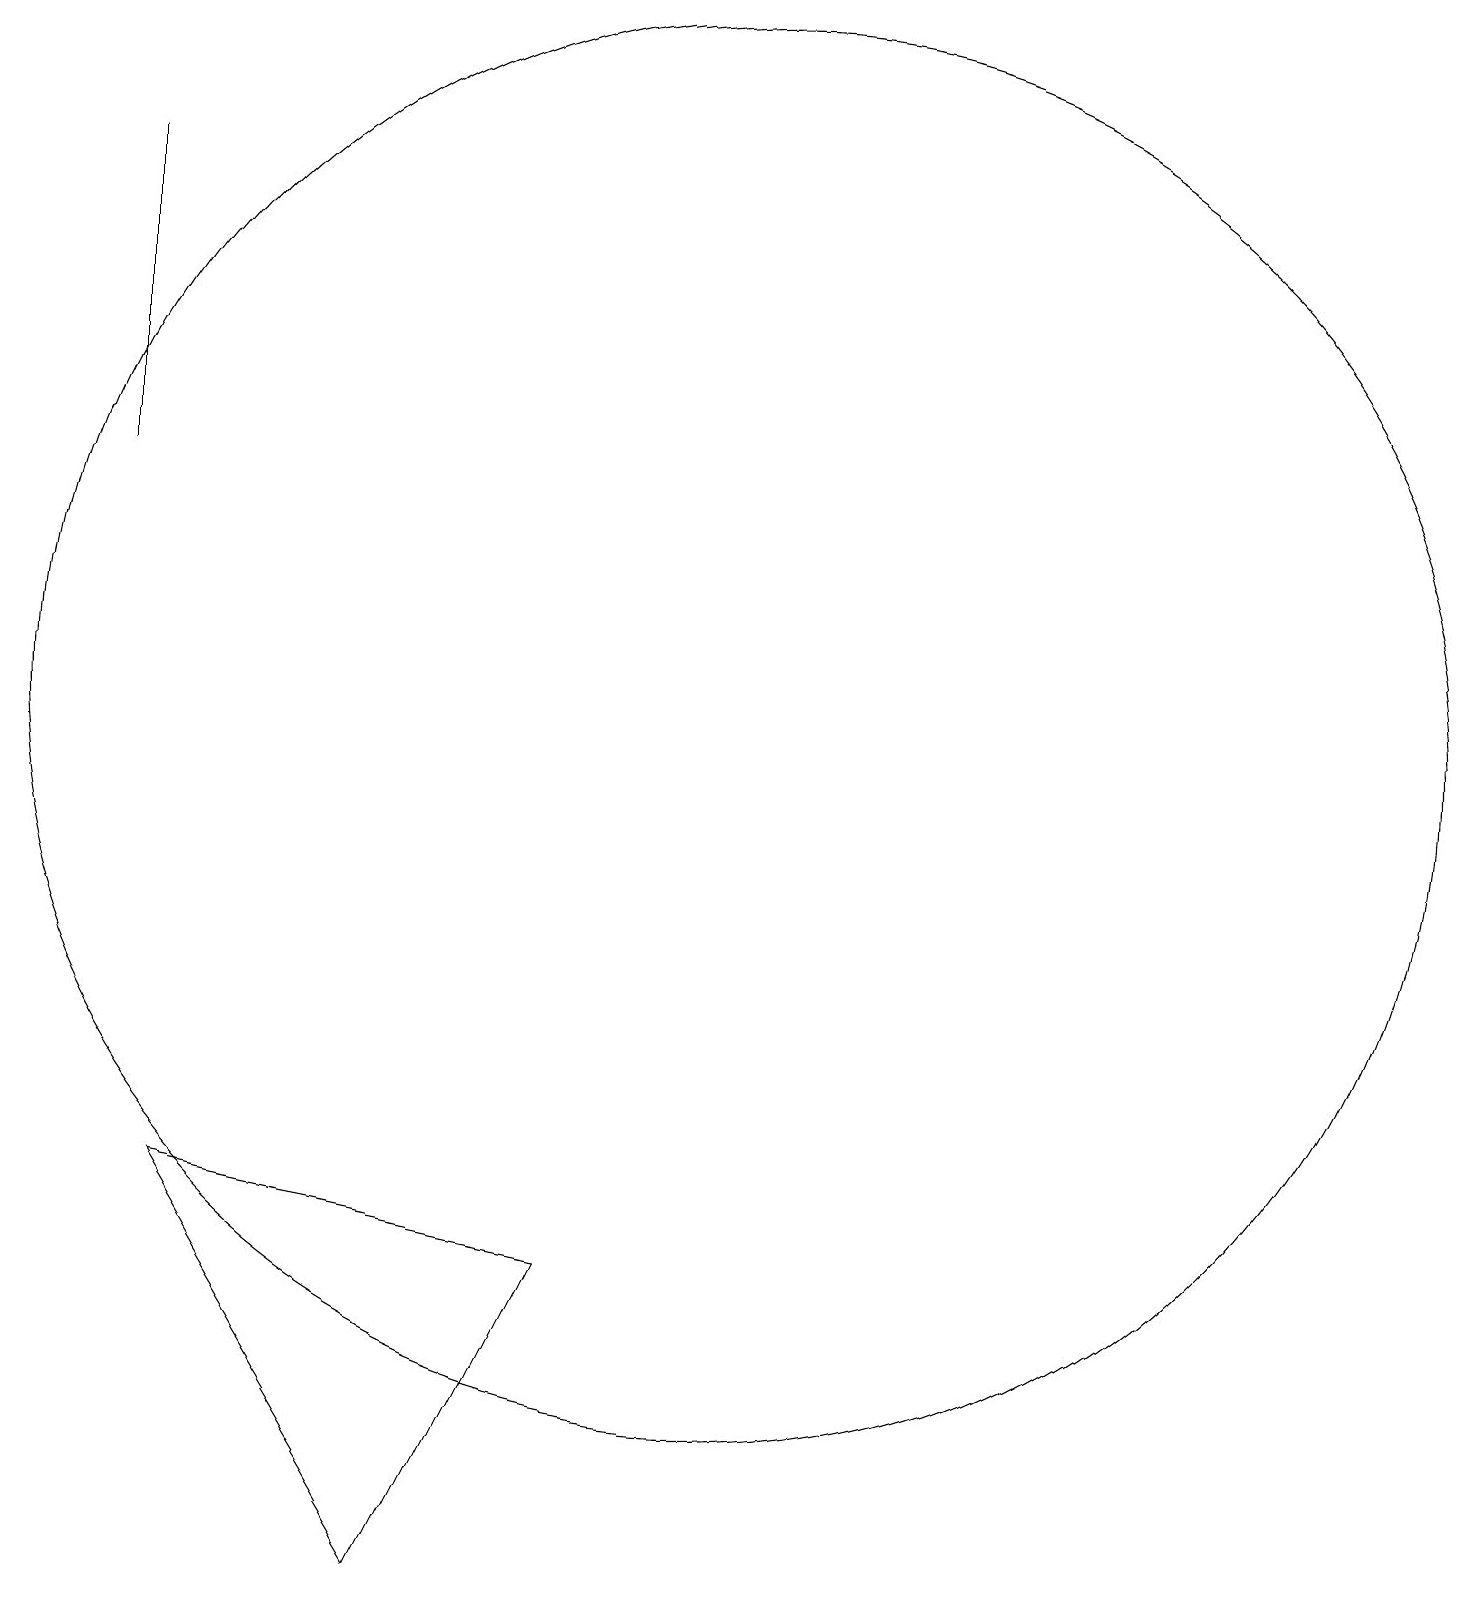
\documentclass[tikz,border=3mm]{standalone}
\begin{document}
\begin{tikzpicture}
\draw (4,6) -- (7,1) -- (9,5) -- cycle;
\draw (3,15) rectangle (3,19);
\draw (11,12) circle (9);
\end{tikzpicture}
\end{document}